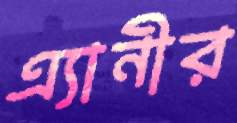
এ্যানীর